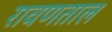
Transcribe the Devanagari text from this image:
रावणताल